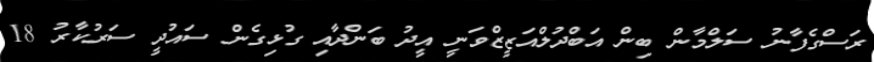
ރަސްގެފާނު ސަލްމާން ބިން އަބްދުލްއަޒީޒްވަނީ އީދު ބަންދާއި ގުޅިގެން ސައުދީ ސަރުކާރު 18